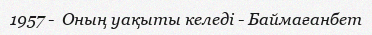
1957 -  Оның уақыты келеді - Баймағанбет